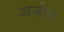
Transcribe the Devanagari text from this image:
अजोव